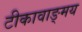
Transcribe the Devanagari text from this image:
टीकावाङ्मय